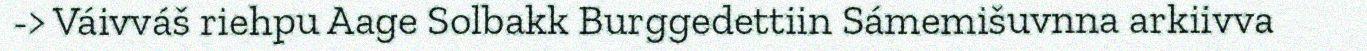
-> Váivváš riehpu Aage Solbakk Burggedettiin Sámemišuvnna arkiivva